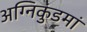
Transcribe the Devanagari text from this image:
अग्निकुंडमां